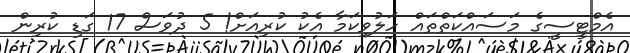
އެމްޓީސީގެ މަސައްކަތްތައް ހަލުވިކަމާ އެކު ކުރިއަށް! 5 ދުވަސް 17 ގަޑި ކުރިން